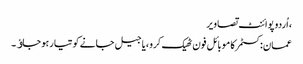
، اُردو پوائنٹ تصاویر
عمان:کسٹمر کا موبائل فون ٹھیک کرو ،یا جیل جانے کو تیار ہو جاﺅ۔